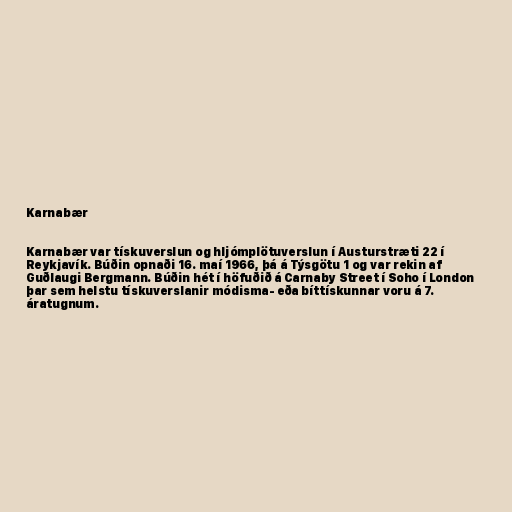
Karnabær

Karnabær var tískuverslun og hljómplötuverslun í Austurstræti 22 í
Reykjavík. Búðin opnaði 16. maí 1966, þá á Týsgötu 1 og var rekin af
Guðlaugi Bergmann. Búðin hét í höfuðið á Carnaby Street í Soho í London
þar sem helstu tískuverslanir módisma- eða bíttískunnar voru á 7.
áratugnum.